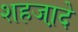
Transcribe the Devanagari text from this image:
शहजा़दे